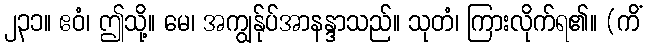
၂၃၁။ ဧဝံ၊ ဤသို့။ မေ၊ အကျွန်ုပ်အာနန္ဒာသည်။ သုတံ၊ ကြားလိုက်ရ၏။ (ကိံ